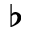
\flat